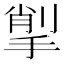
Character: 揱